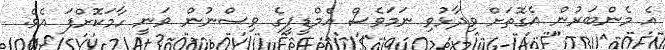
އެ މެންބަރުން އެގޮތަށް ވިދާޅުވި ނަމަވެސް އެމްޑީޕީގެ ވިސްނުން ވަނީ ހާމަކޮށްފަ އެވެ.